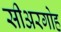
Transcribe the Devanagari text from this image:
सीअरगोह